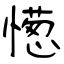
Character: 憽